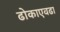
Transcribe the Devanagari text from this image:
ढोकाएवढा